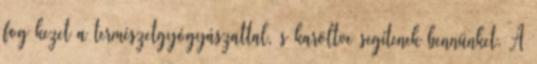
fog kezet a természetgyógyászattal, s karöltve segítenek bennünket. A